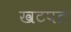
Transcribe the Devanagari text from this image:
खटपत